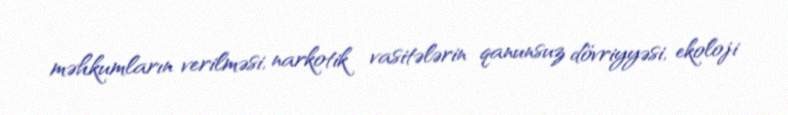
məhkumların verilməsi, narkotik vasitələrin qanunsuz dövriyyəsi, ekoloji